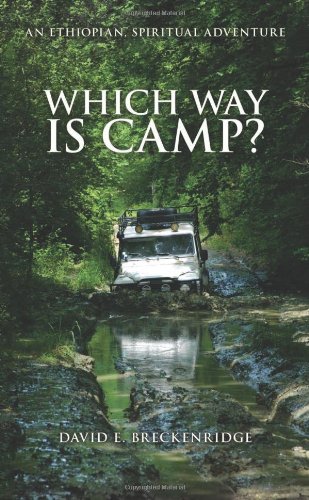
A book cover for Which Way Is Camp?: An Ethiopian Spiritual Adventure; David E. Breckenridge; Travel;